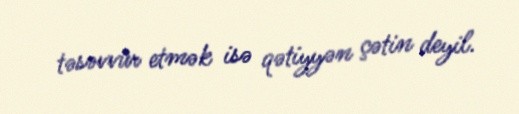
təsəvvür etmək isə qətiyyən çətin deyil.